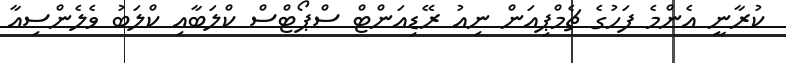
ކުރާނީ އެންމެ ފަހުގެ ޗެމްޕިއަން ނިއު ރޭޑިއަންޓް ސްޕޯޓްސް ކްލަބާއި ކްލަބު ވެލެންސިއާ